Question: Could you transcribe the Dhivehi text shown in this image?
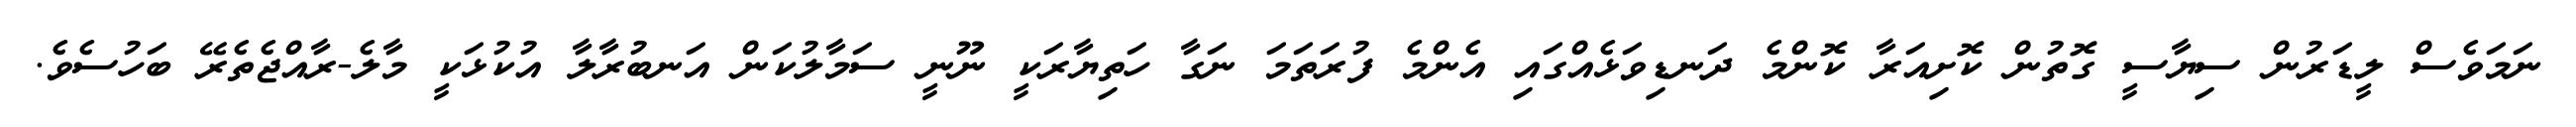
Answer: ނަމަވެސް ލީޑަރުން ސިޔާސީ ގޮތުން ކޮށިއަރާ ކޮންމެ ދަނޑިވަޅެއްގައި އެންމެ ފުރަތަމަ ނަގާ ހަތިޔާރަކީ ނޫނީ ސަމާލުކަން އަނބުރާލާ އުކުޅަކީ މާލެ-ރާއްޖެތެރޭ ބަހުސެވެ.